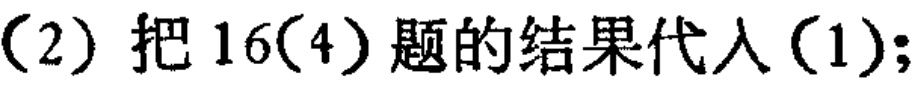
（2）把16(4)题的结果代入(1);